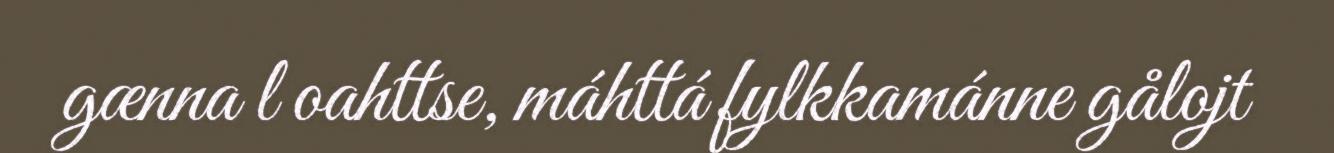
gænna l oahttse, máhttá fylkkamánne gålojt